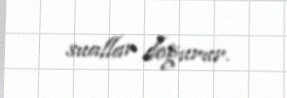
suallar doğurur.